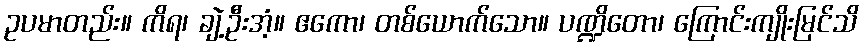
ဥပမာတည်း။ ကိရ၊ ချဲ့ဦးအံ့။ ဧကော၊ တစ်ယောက်သော။ ပဏ္ဍိတော၊ ကြောင်းကျိုးမြင်သိ